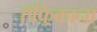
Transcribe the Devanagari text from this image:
ऍफ़्रिकाना